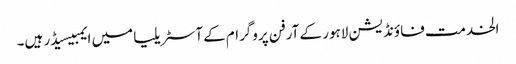
الخدمت فاؤنڈیشن لاہور کے آرفن پروگرام کےآسٹریلیا میں ایمبیسیڈر ہیں۔